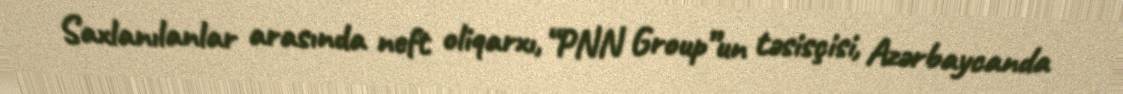
Saxlanılanlar arasında neft oliqarxı, “PNN Group”un təsisçisi, Azərbaycanda